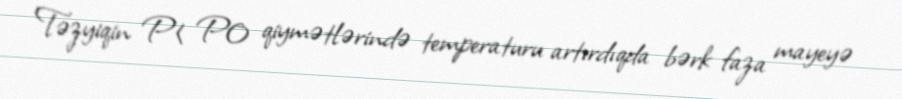
Təzyiqin P< P0 qiymətlərində temperaturu artırdıqda bərk faza mayeyə